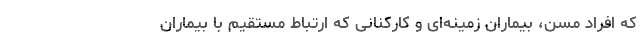
که افراد مسن، بیماران زمینه‌ای و کارکنانی که ارتباط مستقیم با بیماران